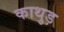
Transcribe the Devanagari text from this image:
काथुड़